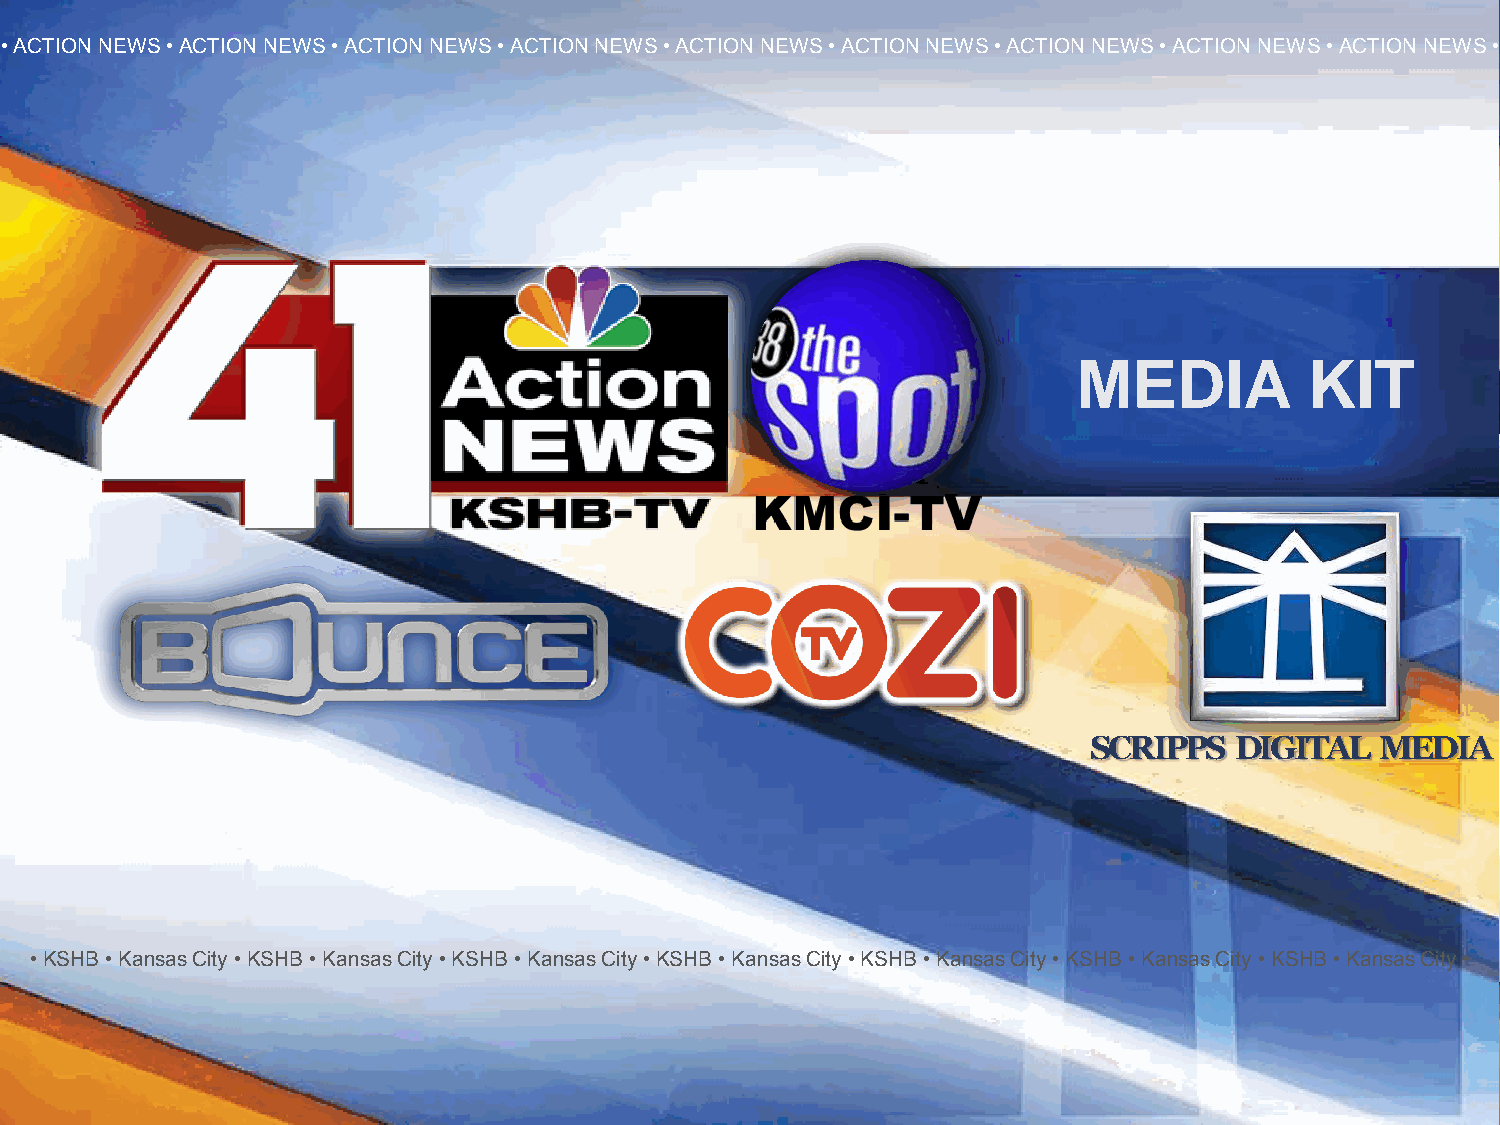
• ACTION NEWS • ACTION NEWS • ACTION NEWS • ACTION NEWS • ACTION NEWS • ACTION NEWS • ACTION NEWS • ACTION NEWS • ACTION NEWS •
 KSHB      KANSAS        CITY
 MEDIA           KIT
 SCRIPPS   DIGITAL  MEDIA
 • KSHB • Kansas City • KSHB • Kansas City • KSHB • Kansas City • KSHB • Kansas City • KSHB • Kansas City • KSHB • Kansas City • KSHB • Kansas City •